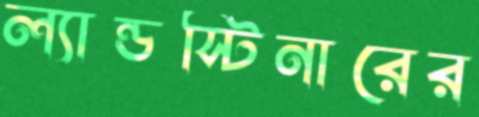
ল্যান্ডস্টিনারের